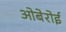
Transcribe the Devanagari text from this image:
ओबेरोई